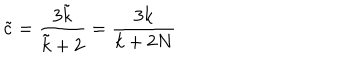
LaTeX: \tilde { c } = \frac { 3 \tilde { k } } { \tilde { k } + 2 } = \frac { 3 k } { k + 2 N }